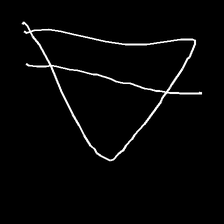
Glyph: empower